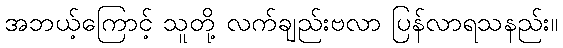
အဘယ့်ကြောင့် သူတို့ လက်ချည်းဗလာ ပြန်လာရသနည်း။